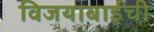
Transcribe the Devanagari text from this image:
विजयाबाईंची